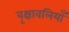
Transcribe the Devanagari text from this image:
वृक्षावलियाँ